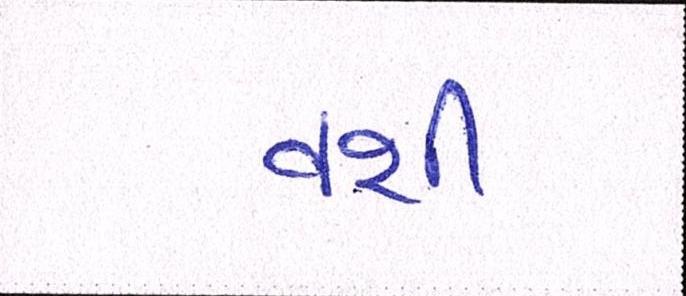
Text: વશી